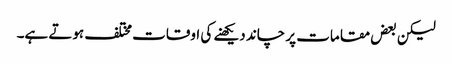
لیکن بعض مقامات پر چاند دیکھنے کی اوقات مختلف ہوتے ہے۔